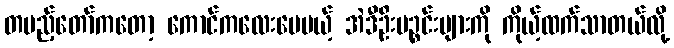
တပည့်တော်ကတော့ ကောင်ကလေးပေမယ့် အဲဒီဦးပဉ္စင်းများကို ကိုယ့်ထက်သာတယ်လို့